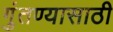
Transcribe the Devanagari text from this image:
गुंतण्यासाठी